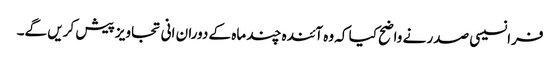
فرانسیسی صدر نے واضح کیا کہ وہ آئندہ چند ماہ کے دوران انی تجاویز پیش کریں گے۔